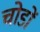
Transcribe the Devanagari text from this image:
चोडों